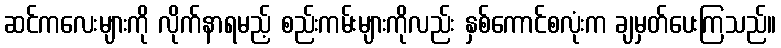
ဆင်ကလေးများကို လိုက်နာရမည့် စည်းကမ်းများကိုလည်း နှစ်ကောင်စလုံးက ချမှတ်ပေးကြသည်။